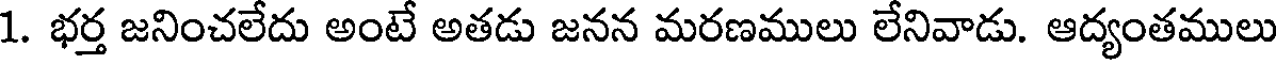
1. భర్త జనించలేదు అంటే అతడు జనన మరణములు లేనివాడు. ఆద్యంతములు